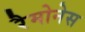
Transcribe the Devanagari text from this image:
रैमोनेस